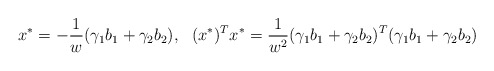
\begin{align*} x^{*}=-\frac{1}{w}(\gamma_1 b_1+\gamma_2 b_2),\ \ (x^{*})^{T}x^{*}=\frac{1}{w^{2}}(\gamma_1 b_1+\gamma_2 b_2)^{T}(\gamma_1 b_1+\gamma_2 b_2)\end{align*}